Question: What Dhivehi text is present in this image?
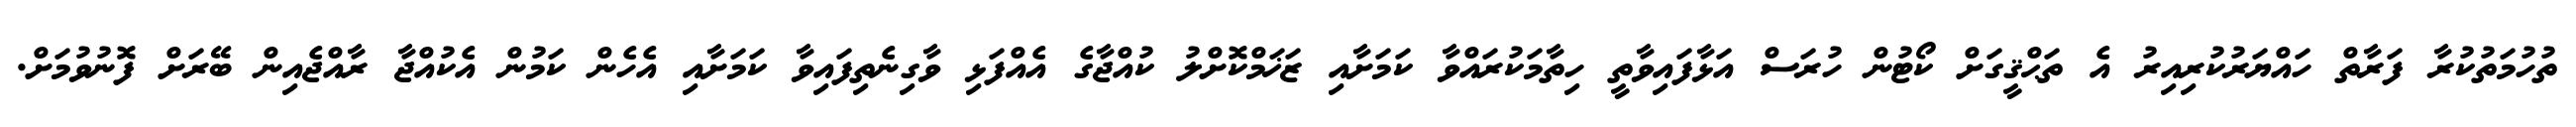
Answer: ތުހުމަތުކުރާ ފަރާތް ހައްޔަރުކުރިއިރު އެ ތަޙްޤީގަށް ކޯޓުން ހުރަސް އަޅާފައިވާތީ ހިތާމަކުރައްވާ ކަމަށާއި ޒަޚަމްކޮށްލު ކުއްޖާގެ އެއްފަޅި ވާގިނެތިފައިވާ ކަމަށާއި އެހެން ކަމުން އެކުއްޖާ ރާއްޖެއިން ބޭރަށް ފޮނުވުމަށް.